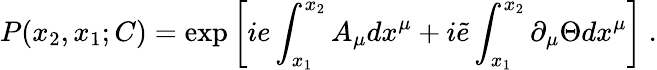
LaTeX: P(x_{2},x_{1};C)=\exp\left[ie\int_{x_{1}}^{x_{2}}A_{\mu}dx^{\mu}+i\tilde{e}\int_{x_{1}}^{x_{2}}\partial_{\mu}{\Theta}dx^{\mu}\right]~.